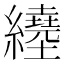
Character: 𦇇